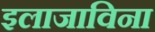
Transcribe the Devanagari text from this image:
इलाजाविना